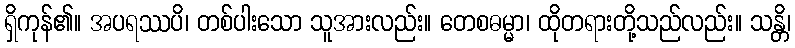
ရှိကုန်၏။ အပရဿပိ၊ တစ်ပါးသော သူအားလည်း။ တေစဓမ္မာ၊ ထိုတရားတို့သည်လည်း။ သန္တိ၊